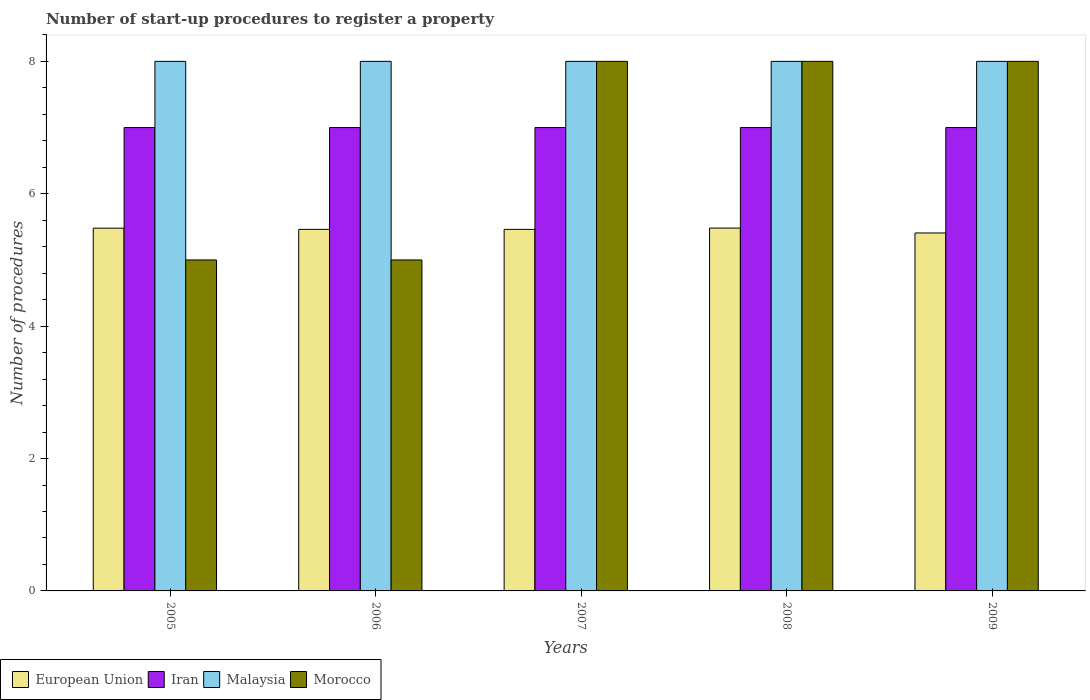
| Years | European Union | Iran | Malaysia | Morocco |
 | --- | --- | --- | --- | --- |
 | 2005 | 5.48 | 7 | 8 | 5 |
 | 2006 | 5.46 | 7 | 8 | 5 |
 | 2007 | 5.46 | 7 | 8 | 8 |
 | 2008 | 5.48 | 7 | 8 | 8 |
 | 2009 | 5.41 | 7 | 8 | 8 |